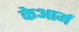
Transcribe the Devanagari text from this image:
केआर्म